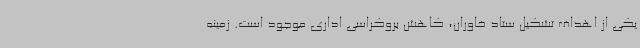
یکی از اهداف تشکیل ستاد خاوران، کاهش بروکراسی اداری موجود است. زمینه